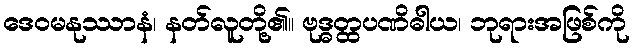
ဒေဝမနုဿာနံ၊ နတ်လူတို့၏။ ဗုဒ္ဓတ္ထပဏိဓါယ၊ ဘုရားအဖြစ်ကို